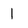
Character: 1